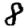
Digit: 8